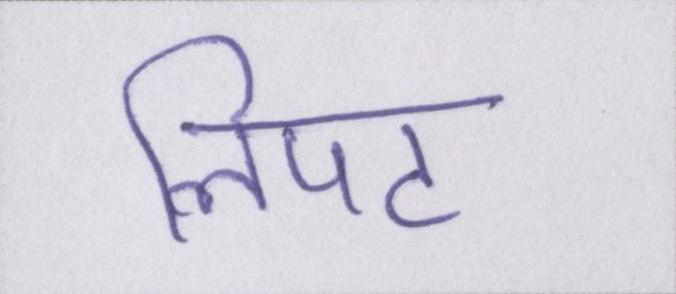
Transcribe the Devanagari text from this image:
लिपट